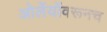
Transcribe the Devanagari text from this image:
ओर्लेयोंवरूनच